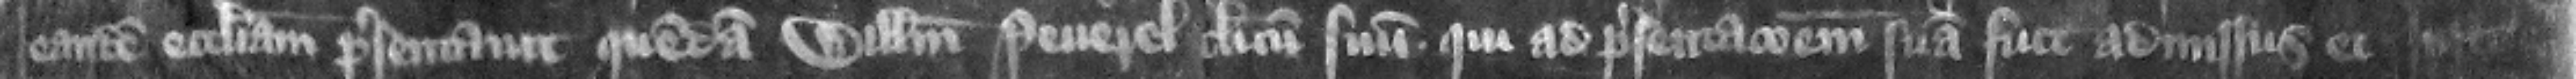
candem ecclesiam presentauit quemdam Willelmum Peuerel clericum suum qui ad presentacionem suam fuit admissus et insti